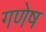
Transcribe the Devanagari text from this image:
गणेष